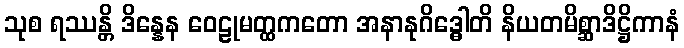
သုစ ရဿန္တိ ဒိန္နေန ဝေဠုမတ္ထကတော အနာနုဂိဒ္ဓေါတိ နိယတမိစ္ဆာဒိဋ္ဌိကာနံ